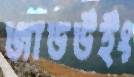
জাডউইং